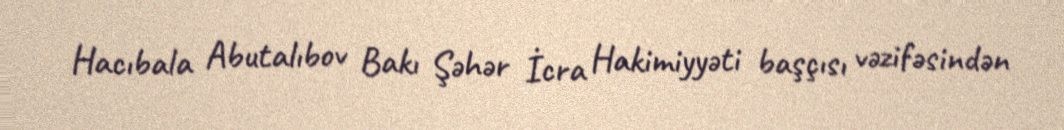
Hacıbala Abutalıbov Bakı Şəhər İcra Hakimiyyəti başçısı vəzifəsindən